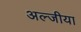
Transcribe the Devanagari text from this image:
अल्जीया